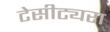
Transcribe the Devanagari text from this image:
टेसीट्यरा